Vaccine operations Central Provinces & Berar 1922-1929 - 1922-1929
Year: 1922
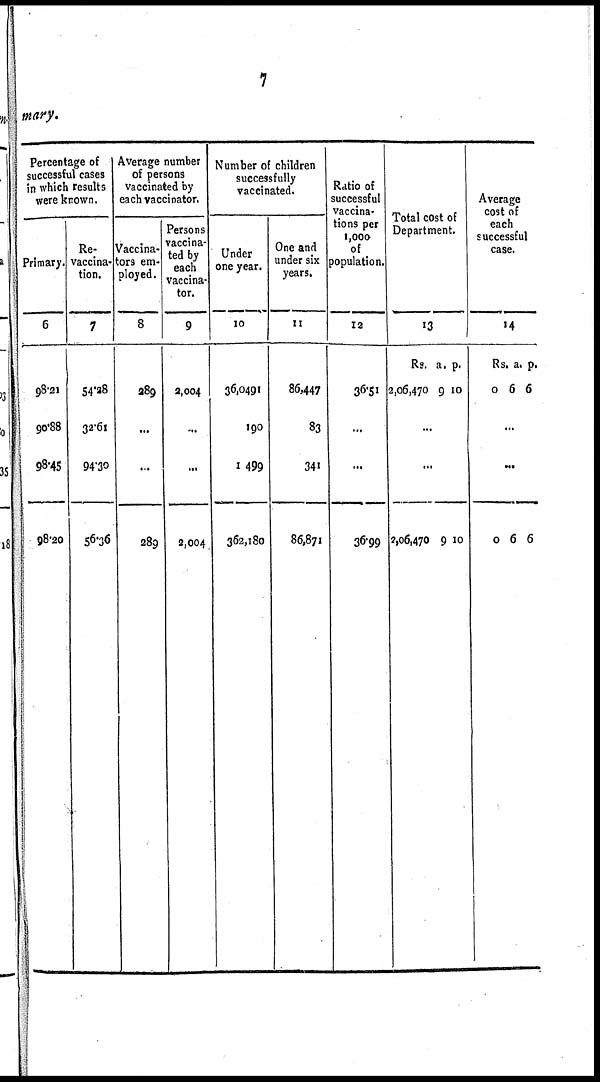
7
mary.
Percentage of
successful cases
in which results
were known.
Primary.
6
98.21
90.88
98.45
98.20
Re-
vaccina-
tion.
7
54.28
32.61
94.30
56.36
Average number
of persons
vaccinated by
each vaccinator.
Vaccina¬
tors em-
ployed.
8
289
...
...
289
Persons
vaccina-
ted by
each
vaccina-
tor.
9
2,004
...
...
2,004
Number of children
successfully
vaccinated.
Under
one year.
10
36,0491
190
1,499
362,180
One and
under six
years.
11
86,447
83
341
86,871
Ratio of
successful
vaccina-
tions per
1,000
of
population.
12
36.51
...
...
36.99
Total cost of
Department.
13
Rs.
2,06,470
a.
9
p.
10
...
...
2,06,470 9 10
Average
cost of
each
successful
case.
14
Rs.
0
a.
6
p.
6
...
...
0 6 6